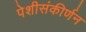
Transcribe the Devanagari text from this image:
पेशीसंकीर्णन